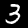
Label: 3